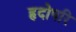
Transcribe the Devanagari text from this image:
हृदोपरि